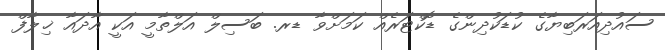
ސައުދިއަރަބިޔާގެ ކުޑަކުދިންގެ ޑޮކްޓަރެއް ކަމަށްވާ ޑރ. ބަސިލް އަލްތާމީ އަކީ އާދައާ ޚިލާފް